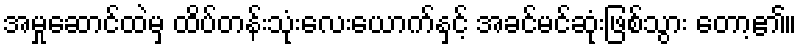
အမှုဆောင်ထဲမှ ထိပ်တန်းသုံးလေးယောက်နှင့် အခင်မင်ဆုံးဖြစ်သွား တော့၏။